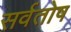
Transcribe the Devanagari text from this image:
सर्वतोष